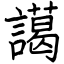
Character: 譪